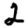
Digit: 2